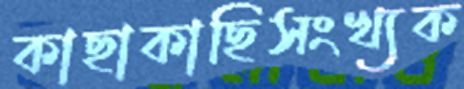
কাছাকাছিসংখ্যক